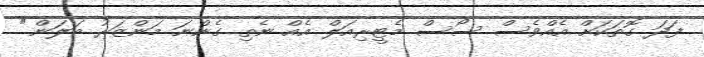
ފަދަ ގޮތަކަށް އެއްވެސް ސޯސް މެޓީރިއަލް އެއް ނެތި ގެންނަ މަންޒަރު ބަލަން."